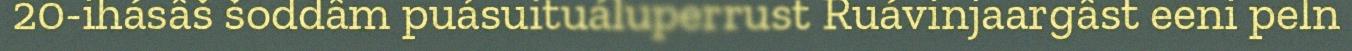
20-ihásâš šoddâm puásuituáluperrust Ruávinjaargâst eeni peln